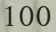
100